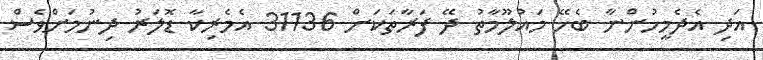
އަދި އެދެމީހުންނާ ބެހޭ މައުލޫމާތު ދޭ ފަރާތަކަށް 31136 އެމެރިކާ ޑޮލަރު ދިނުމަށްވެސް